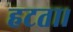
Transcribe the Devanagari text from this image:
हटता।